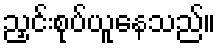
ညှင်းစုပ်ယူနေသည်။